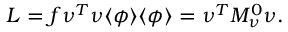
L = f \nu ^ { T } \nu \langle \phi \rangle \langle \phi \rangle = \nu ^ { T } M _ { \nu } ^ { 0 } \nu .